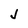
Character: J